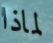
لماذا